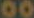
00